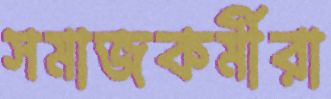
সমাজকর্মীরা